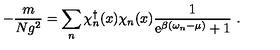
- \frac { m } { N g ^ { 2 } } = \sum _ { n } \chi _ { n } ^ { \dagger } ( x ) \chi _ { n } ( x ) \frac { 1 } { \mathrm { e } ^ { \beta ( \omega _ { n } - \mu ) } + 1 } \ .